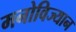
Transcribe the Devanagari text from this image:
मनोविज्यान